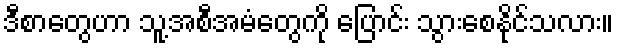
ဒီစာတွေဟာ သူ့အစီအမံတွေကို ပြောင်း သွားစေနိုင်သလား။